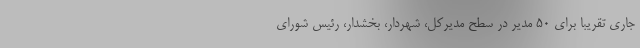
جاری تقریباً برای 50 مدیر در سطح مدیرکل، شهردار، بخشدار، رئیس شورای